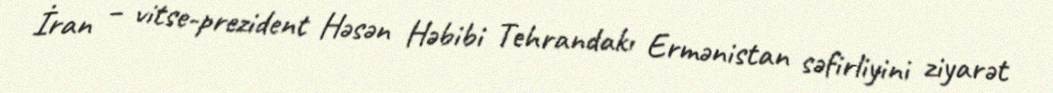
İran – vitse-prezident Həsən Həbibi Tehrandakı Ermənistan səfirliyini ziyarət